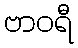
ဗာဝရီ